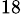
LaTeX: ^\mathrm{18}